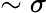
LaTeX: \sim\sigma